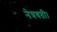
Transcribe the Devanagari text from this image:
नेत्रवती।